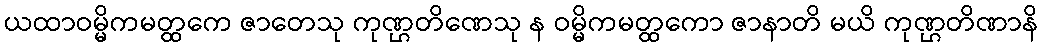
ယထာဝမ္မိကမတ္ထကေ ဇာတေသု ကုဏ္ဌတိဏေသု န ဝမ္မိကမတ္ထကော ဇာနာတိ မယိ ကုဏ္ဌတိဏာနိ